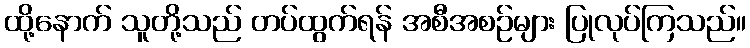
ထို့နောက် သူတို့သည် တပ်ထွက်ရန် အစီအစဉ်များ ပြုလုပ်ကြသည်။